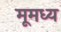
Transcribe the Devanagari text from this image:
मूमध्य